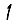
Digit: 1